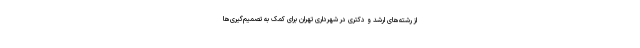
از رشته‌های ارشد و دکتری در شهرداری تهران برای کمک به تصمیم‌گیری‌ها